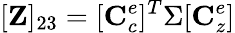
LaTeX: [\mathbf{Z}]_{23}=[\mathbf{C}_{c}^{e}]^{T}\Sigma[\mathbf{C}_{z}^{e}]